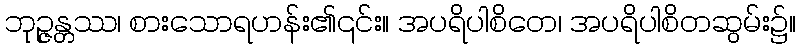
ဘုဉ္ဇန္တဿ၊ စားသောရဟန်း၏၎င်း။ အပရိပါစိတေ၊ အပရိပါစိတဆွမ်း၌။